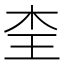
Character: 𭩜